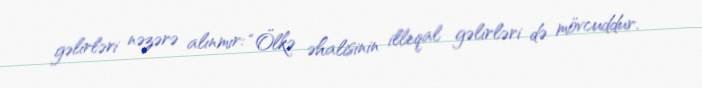
gəlirləri nəzərə alınmır: “Ölkə əhalisinin illeqal gəlirləri də mövcuddur.